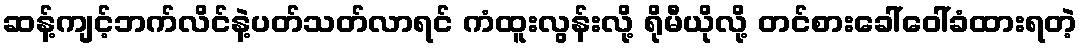
ဆန့်ကျင့်ဘက်လိင်နဲ့ပတ်သတ်လာရင် ကံထူးလွန်းလို့ ရိုမီယိုလို့ တင်စားခေါ်ဝေါ်ခံထားရတဲ့